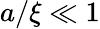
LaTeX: a/\xi\ll 1